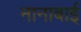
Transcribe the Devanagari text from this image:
नानाबाई